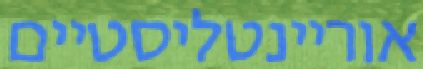
אוריינטליסטיים